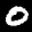
Label: 0